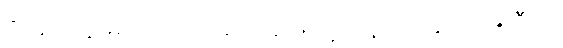
ဇာနိတဗ္ဗမေတံ သမောသရဏဋ္ဌာနေ ဝိသေသေတီတိ